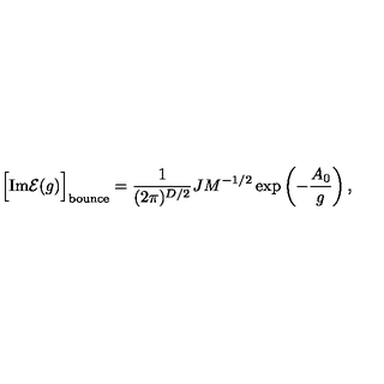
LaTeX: \Bigl [ \mathrm { I m } { \cal E } ( g ) \Bigr ] _ { \mathrm { b o u n c e } } = \frac { 1 } { ( 2 \pi ) ^ { D / 2 } } J M ^ { - 1 / 2 } \exp \left( - \frac { A _ { 0 } } { g } \right) ,